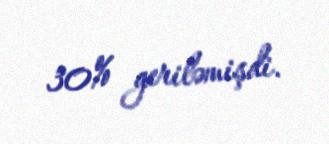
30% geriləmişdi.